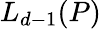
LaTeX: L_{d-1}(P)